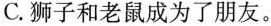
C.狮子和老鼠成为了朋友。